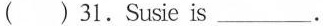
( )31.Susie is ___ .